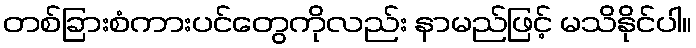
တစ်ခြားစံကားပင်တွေကိုလည်း နာမည်ဖြင့် မသိနိုင်ပါ။